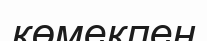
көмекпен